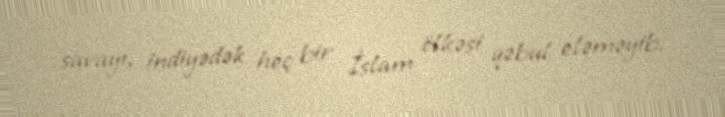
savayı, indiyədək heç bir İslam ölkəsi qəbul eləməyib.